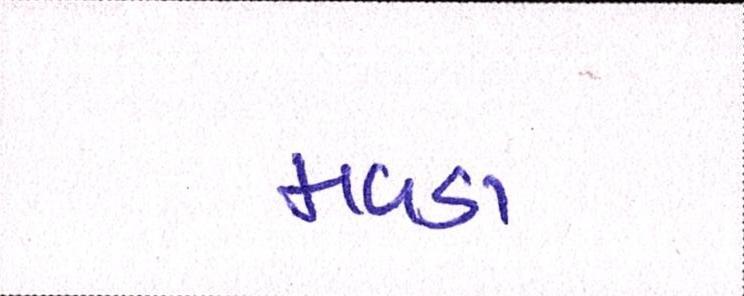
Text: મવડા